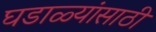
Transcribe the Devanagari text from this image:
घडाळ्यांसाठी